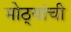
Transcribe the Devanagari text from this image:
मोठ्यांची